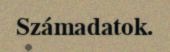
Számadatok.